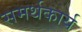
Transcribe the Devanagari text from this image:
समर्थकार्य